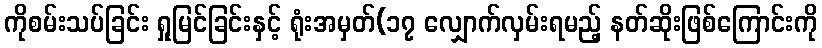
ကိုစမ်းသပ်ခြင်း ရှုမြင်ခြင်းနှင့် ရုံးအမှတ်(၁၇ လျှောက်လှမ်းရမည့် နတ်ဆိုးဖြစ်ကြောင်းကို